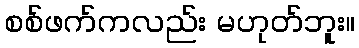
စစ်ဖက်ကလည်း မဟုတ်ဘူး။